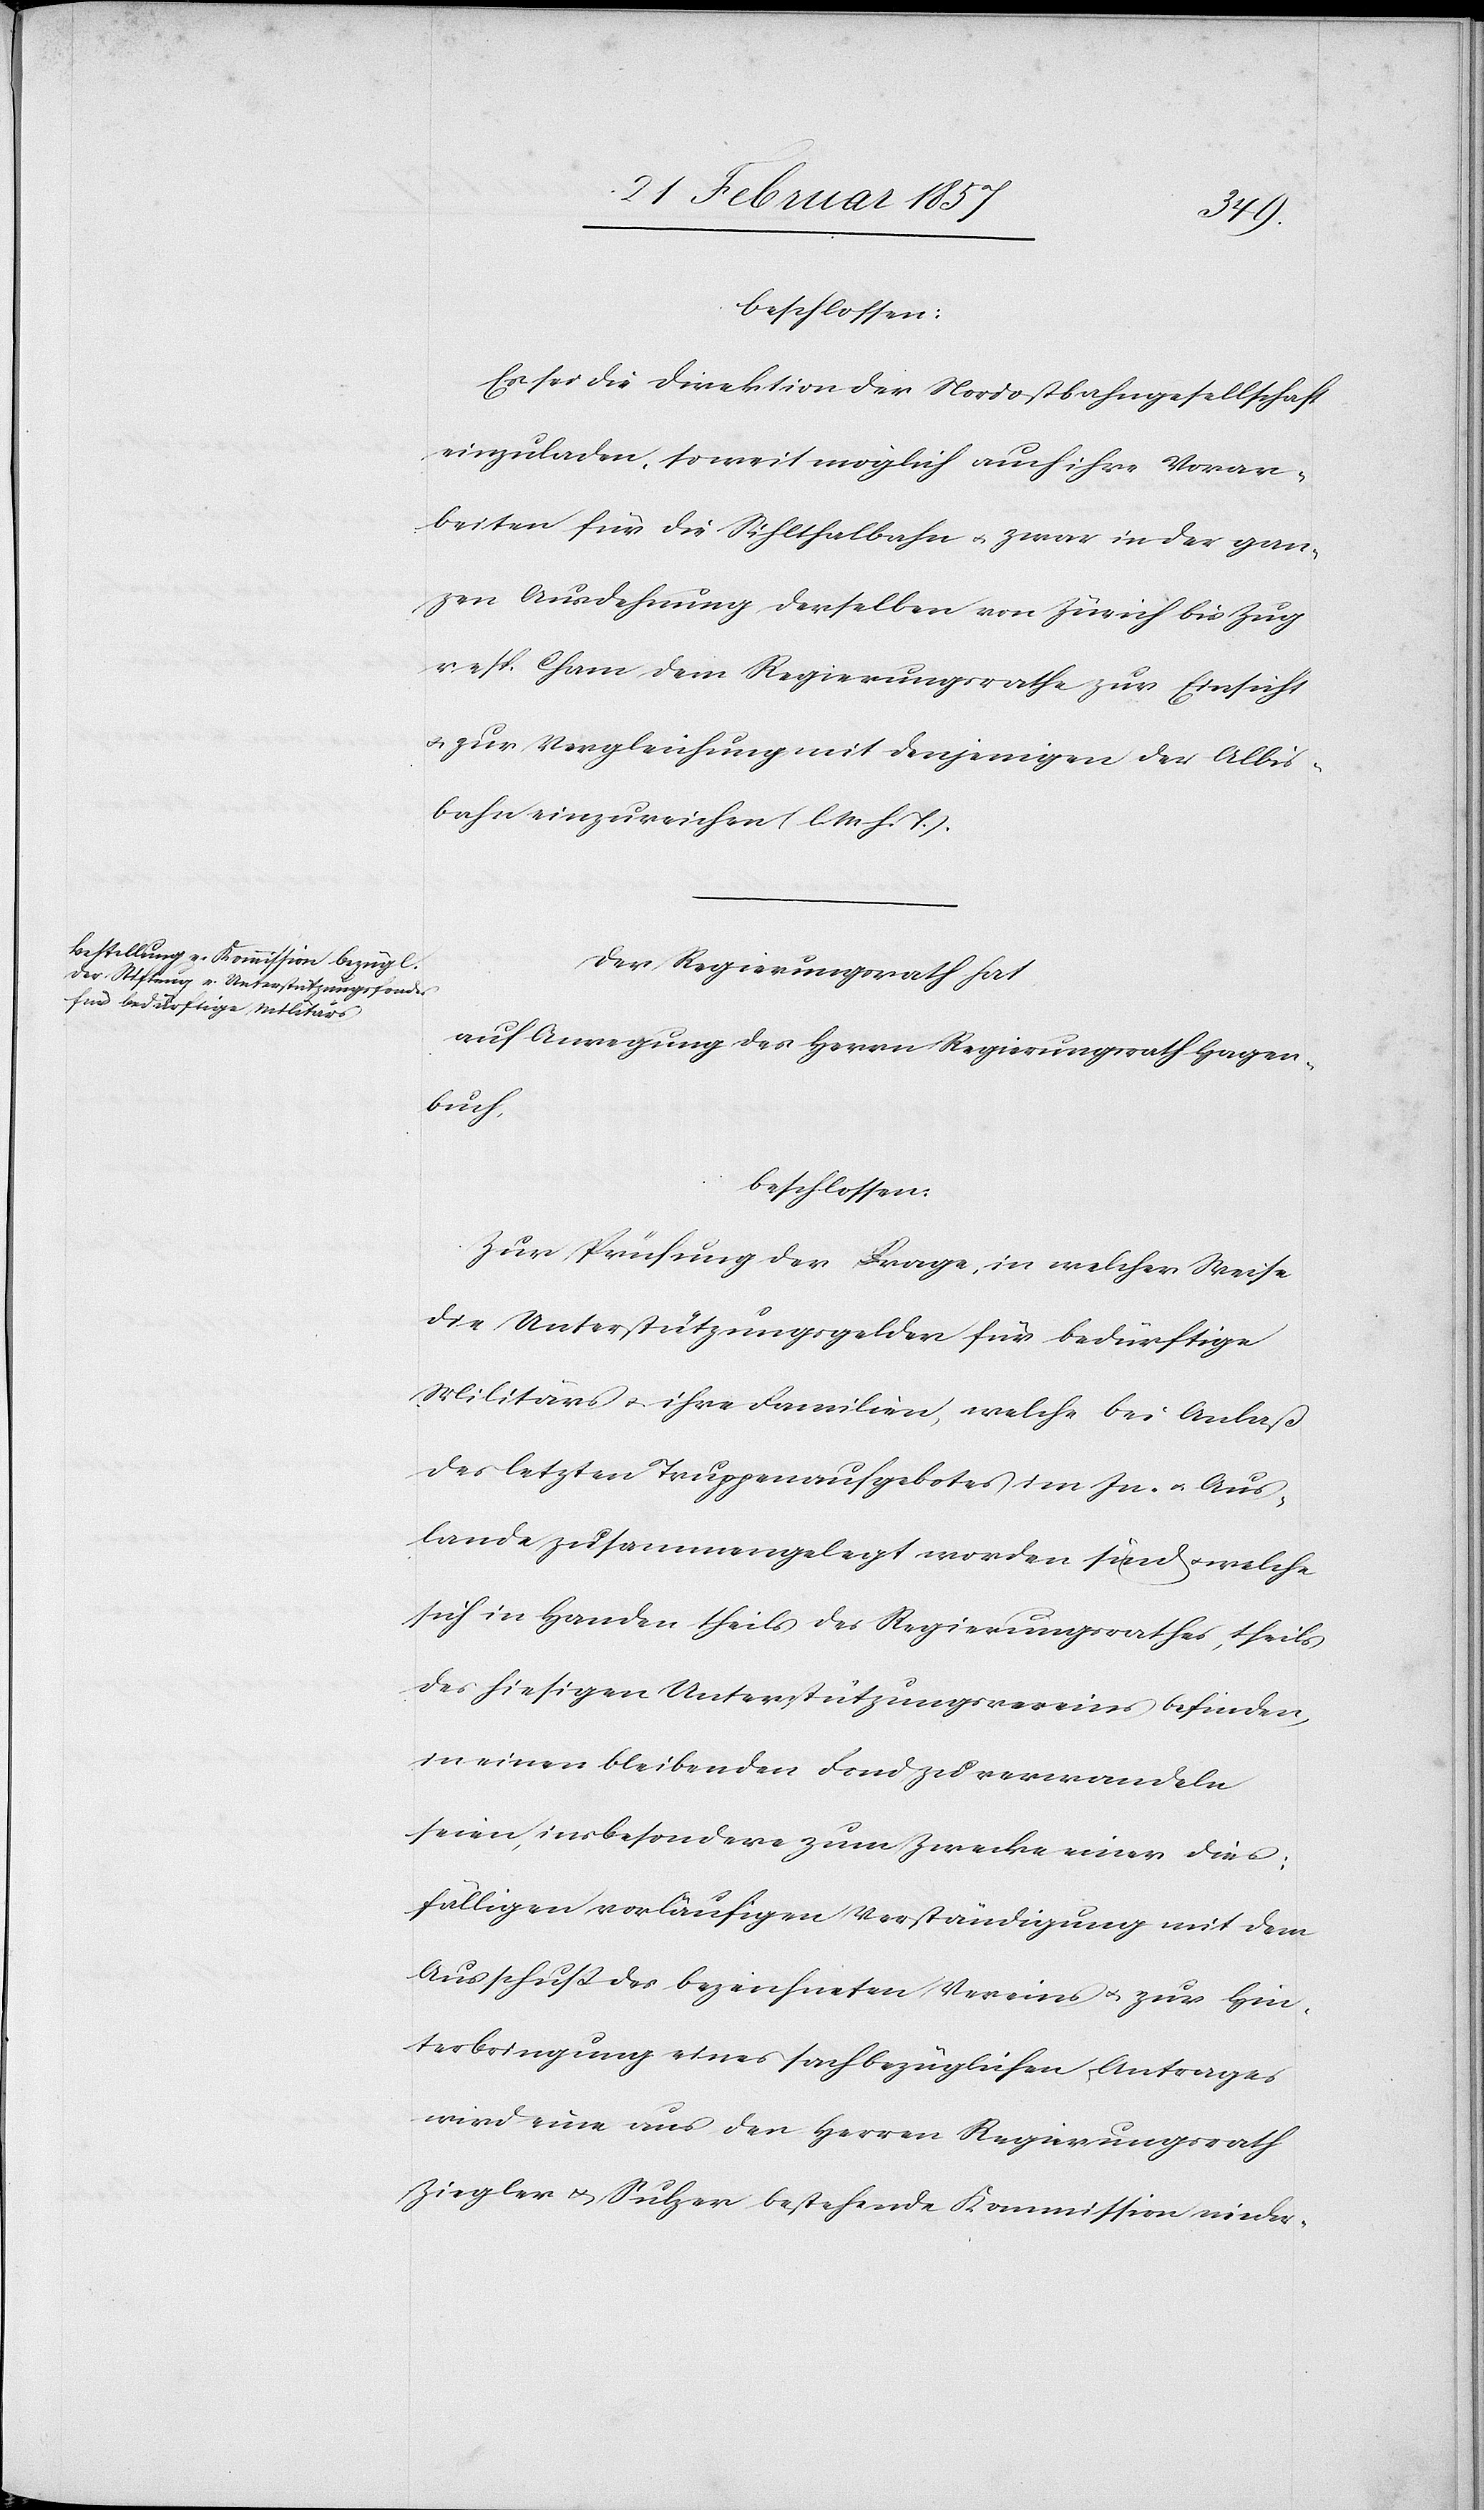
beschlossen:
Es sei die Direktion der Nordostbahngesellschaft
einzuladen, so weit möglich auch ihre Vorar¬
beiten für die Silhlthalbahn u. zwar in der gan¬
zen Ausdehnung derselben von Zürich bis Zug
resp. Cham dem Regierungsrathe zur Einsicht
u. zur Vergleichung mit denjenigen der Albis¬
bahn einzureichen (l. M. h. T.).
Der Regierungsrath hat
auf Anregung des Herrn Regierungsrath Hagen¬
buch,
beschlossen:
Zur Prüfung der Frage, in welcher Weise
die Unterstützungsgelder für bedürftige
Militärs u. ihre Familien, welche bei Anlaß
desletzten Truppenaufgebotes im In- u. Aus¬
lande zusammengelegt worden sind u. welche
sich in Handen theils des Regierungsrathes, theils
des hiesigen Unterstützungsvereins befinden,
in einen bleibenden Fond zu verwandeln
seien, insbesondere zum Zwecke einer dies¬
fälligen vorläufigen Verständigung mit dem
Ausschuß des bezeichneten Vereins u. zur Hin¬
terbringung eines sachbezüglichen Antrages
wird eine aus der Herren Regierungsrath
Ziegler u. Sulzer bestehende Kommission nieder-